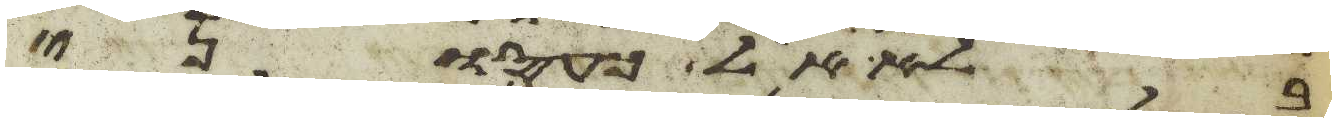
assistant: בלא אל כעסוני